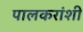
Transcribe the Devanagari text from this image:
पालकरांशी